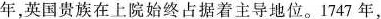
年，英国贵族在上院始终占据着主导地位。1747年，